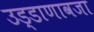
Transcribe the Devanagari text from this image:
उड्डाणावजा